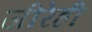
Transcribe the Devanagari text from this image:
जीरेही